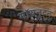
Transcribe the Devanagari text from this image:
मॉयन्टन